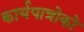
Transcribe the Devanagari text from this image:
कार्यपात्रोको